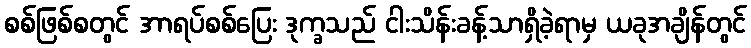
စစ်ဖြစ်စတွင် အာရပ်စစ်ပြေး ဒုက္ခသည် ငါးသိန်းခန့်သာရှိခဲ့ရာမှ ယခုအချိန်တွင်